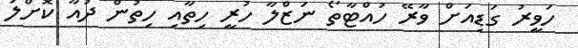
ހަވީރު ގަޑިއަށް ވާރޭ ހުއްޓާތޯ ނަޒްލާ ހުރީ ހިތާއި ހިތުން ދުއާ ކޮށްލަ